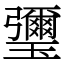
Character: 瓕